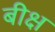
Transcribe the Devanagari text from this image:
बीक्ष